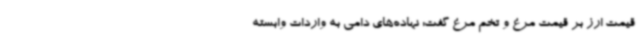
قیمت ارز بر قیمت مرغ و تخم مرغ گفت: نهاده‌های دامی به واردات وابسته